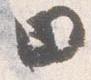
田